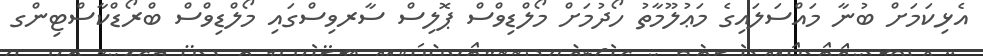
އެޅިކަމަށް ބުނާ މައްސަލައިގެ މަޢުލޫމާތު ހޯދުމަށް މޯލްޑިވްސް ޕޮލިސް ސާރވިސްގައި މޯލްޑިވްސް ބްރޯޑްކާސްޓިންގ